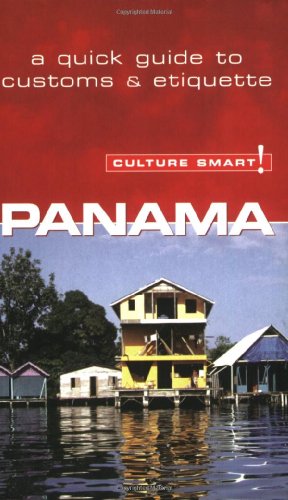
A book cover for Panama - Culture Smart!: the essential guide to customs & culture; Heloise Crowther; Travel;